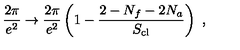
\frac { 2 \pi } { e ^ { 2 } } \rightarrow \frac { 2 \pi } { e ^ { 2 } } \left( 1 - \frac { 2 - N _ { f } - 2 N _ { a } } { S _ { \mathrm { c l } } } \right) \ ,